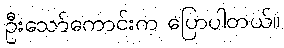
ဦးသော်ကောင်းက ပြောပါတယ်။